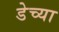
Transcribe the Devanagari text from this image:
डेच्या